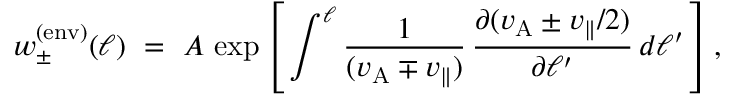
w _ { \pm } ^ { \mathrm { ( e n v ) } } ( \ell ) ~ = ~ A \, \exp \left[ \, \int ^ { \ell } \frac { 1 } { ( v _ { \mathrm { A } } \mp v _ { \parallel } ) } \, \frac { \partial ( v _ { \mathrm { A } } \pm v _ { \parallel } / 2 ) } { \partial \ell ^ { \prime } } \, d \ell ^ { \prime } \, \right] ,